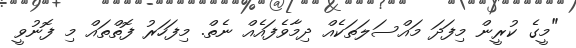
"މީގެ ކުރީން މިފަދަ މައްސަލަތަކެއް ދިމާވެފައެއް ނެތް. މިފަހަރު ފޮތްތައް މި ފޮނުވީ